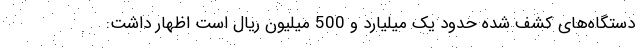
دستگاه‌های کشف شده حدود یک میلیارد و 500 میلیون ریال است اظهار داشت: